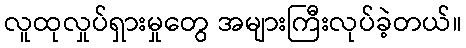
လူထုလှုပ်ရှားမှုတွေ အများကြီးလုပ်ခဲ့တယ်။